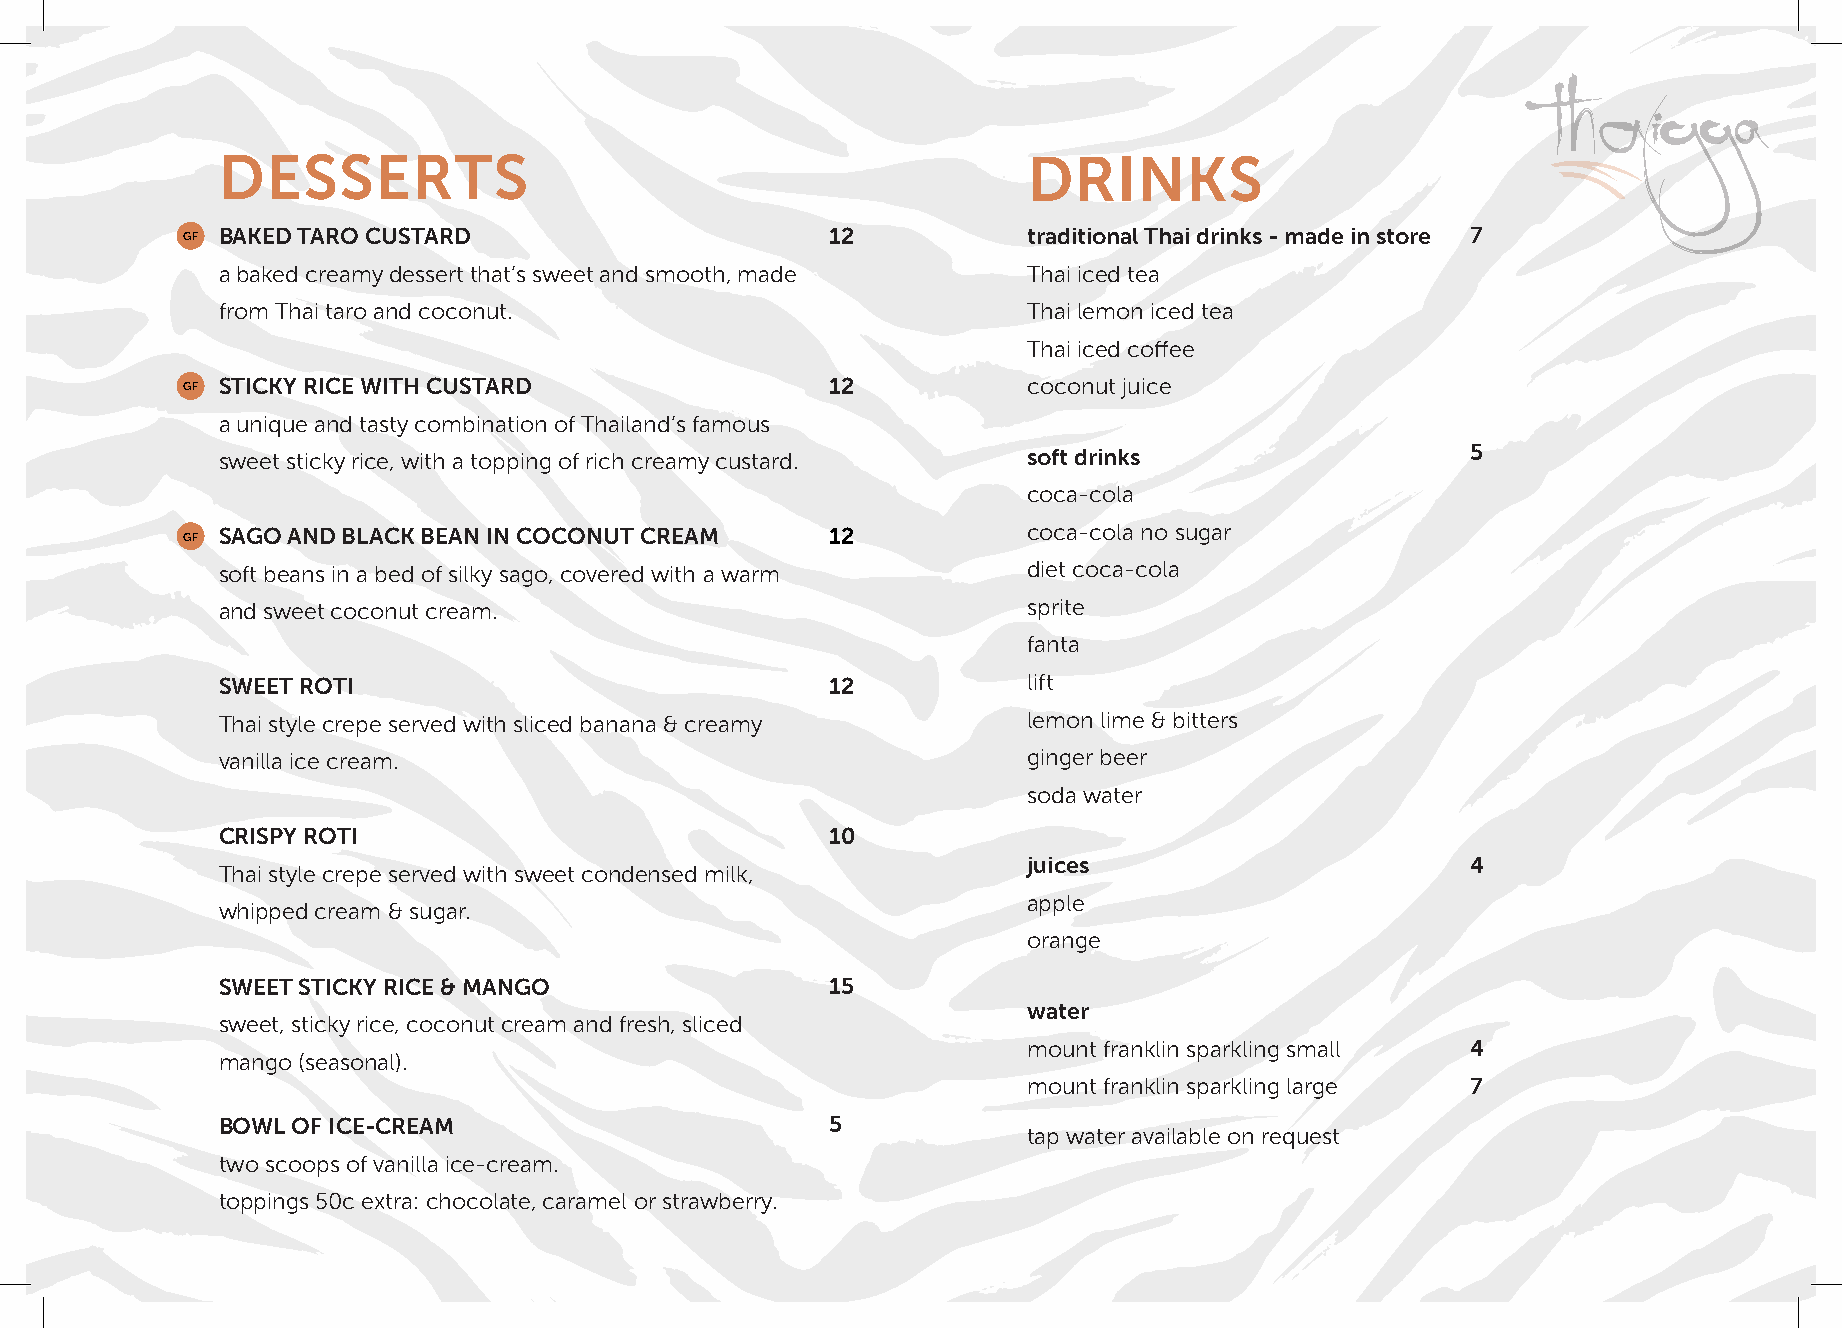
DESSERTS                                              DRINKS
 GF BAKED TARO CUSTARD                      12           traditional Thai drinks - made in store 7
 a baked creamy dessert that’s sweet and smooth, made  Thai iced tea
 from Thai taro and coconut.                           Thai lemon iced tea
 Thai iced coffee
 GF STICKY RICE WITH CUSTARD                12           coconut juice
 a unique and tasty combination of Thailand’s famous
 sweet sticky rice, with a topping of rich creamy custard. soft drinks              5
 coca-cola
 GF SAGO AND BLACK BEAN IN COCONUT CREAM    12           coca-cola no sugar
 soft beans in a bed of silky sago, covered with a warm diet coca-cola
 and sweet coconut cream.                              sprite
 fanta
 SWEET ROTI                               12           lift
 Thai style crepe served with sliced banana & creamy   lemon lime & bitters
 vanilla ice cream.                                    ginger beer
 soda water
 CRISPY ROTI                              10
 juices                       4
 Thai style crepe served with sweet condensed milk,
 apple
 whipped cream & sugar.
 orange
 SWEET STICKY RICE & MANGO                15
 water
 sweet, sticky rice, coconut cream and fresh, sliced
 mount franklin sparkling small 4
 mango (seasonal).
 mount franklin sparkling large 7
 BOWL OF ICE-CREAM                        5
 tap water available on request
 two scoops of vanilla ice-cream.
 toppings 50c extra: chocolate, caramel or strawberry.